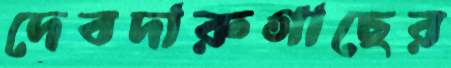
দেবদারুগাছের